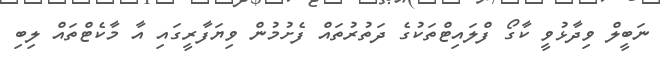
ނަބީލް ވިދާޅުވީ ކާގޯ ފްލައިޓްތަކުގެ ދަތުރުތައް ފެށުމުން ވިޔަފާރީގައި އާ މާކެޓްތައް ލިބި